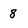
Character: 8